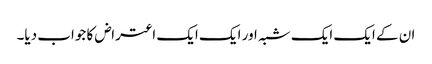
ان کے ایک ایک شبہ اور ایک ایک اعتراض کا جواب دیا۔